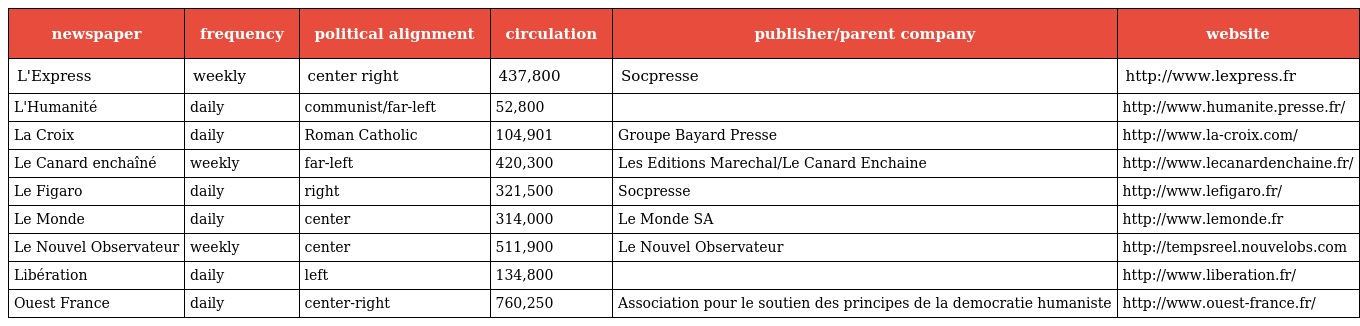
| newspaper | frequency | political alignment | circulation | publisher/parent company | website |
 | --- | --- | --- | --- | --- | --- |
 | L'Express | weekly | center right | 437,800 | Socpresse | http://www.lexpress.fr |
 | L'Humanité | daily | communist/far-left | 52,800 |  | http://www.humanite.presse.fr/ |
 | La Croix | daily | Roman Catholic | 104,901 | Groupe Bayard Presse | http://www.la-croix.com/ |
 | Le Canard enchaîné | weekly | far-left | 420,300 | Les Editions Marechal/Le Canard Enchaine | http://www.lecanardenchaine.fr/ |
 | Le Figaro | daily | right | 321,500 | Socpresse | http://www.lefigaro.fr/ |
 | Le Monde | daily | center | 314,000 | Le Monde SA | http://www.lemonde.fr |
 | Le Nouvel Observateur | weekly | center | 511,900 | Le Nouvel Observateur | http://tempsreel.nouvelobs.com |
 | Libération | daily | left | 134,800 |  | http://www.liberation.fr/ |
 | Ouest France | daily | center-right | 760,250 | Association pour le soutien des principes de la democratie humaniste | http://www.ouest-france.fr/ |